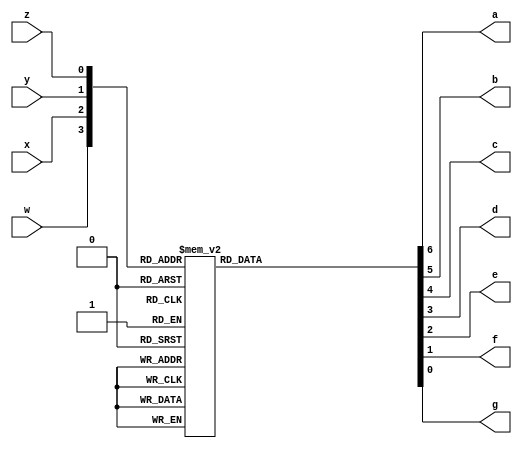
//Four bit binary to seven-segment decoder. Active Low output

module fourtosev(
    input w,x,y,z, output reg a,b,c,d,e,f,g);
	 always @(w,x,y,z) begin
	   case ({w,x,y,z})
	      4'b0000: {a,b,c,d,e,f,g}= 7'b0000001;//0
			4'b0001: {a,b,c,d,e,f,g}= 7'b1001111;//1
			4'b0010: {a,b,c,d,e,f,g}= 7'b0010010;//2 
			4'b0011: {a,b,c,d,e,f,g}= 7'b0000110;//3
			4'b0100: {a,b,c,d,e,f,g}= 7'b1001100;//4
			4'b0101: {a,b,c,d,e,f,g}= 7'b0100100;//5
			4'b0110: {a,b,c,d,e,f,g}= 7'b0100000;//6		
			4'b0111: {a,b,c,d,e,f,g}= 7'b0001111;//7			
			4'b1000: {a,b,c,d,e,f,g}= 7'b0000000;//8 all on
			4'b1001: {a,b,c,d,e,f,g}= 7'b0001100;//9
			4'b1010: {a,b,c,d,e,f,g}= 7'b0001000;//A
			4'b1011: {a,b,c,d,e,f,g}= 7'b1100000;//b
			4'b1100: {a,b,c,d,e,f,g}= 7'b0110001;//C
			4'b1101: {a,b,c,d,e,f,g}= 7'b1000010;//d
			4'b1110: {a,b,c,d,e,f,g}= 7'b0110000;//E
			4'b1111: {a,b,c,d,e,f,g}= 7'b0111000;//F
			endcase
		end
	endmodule